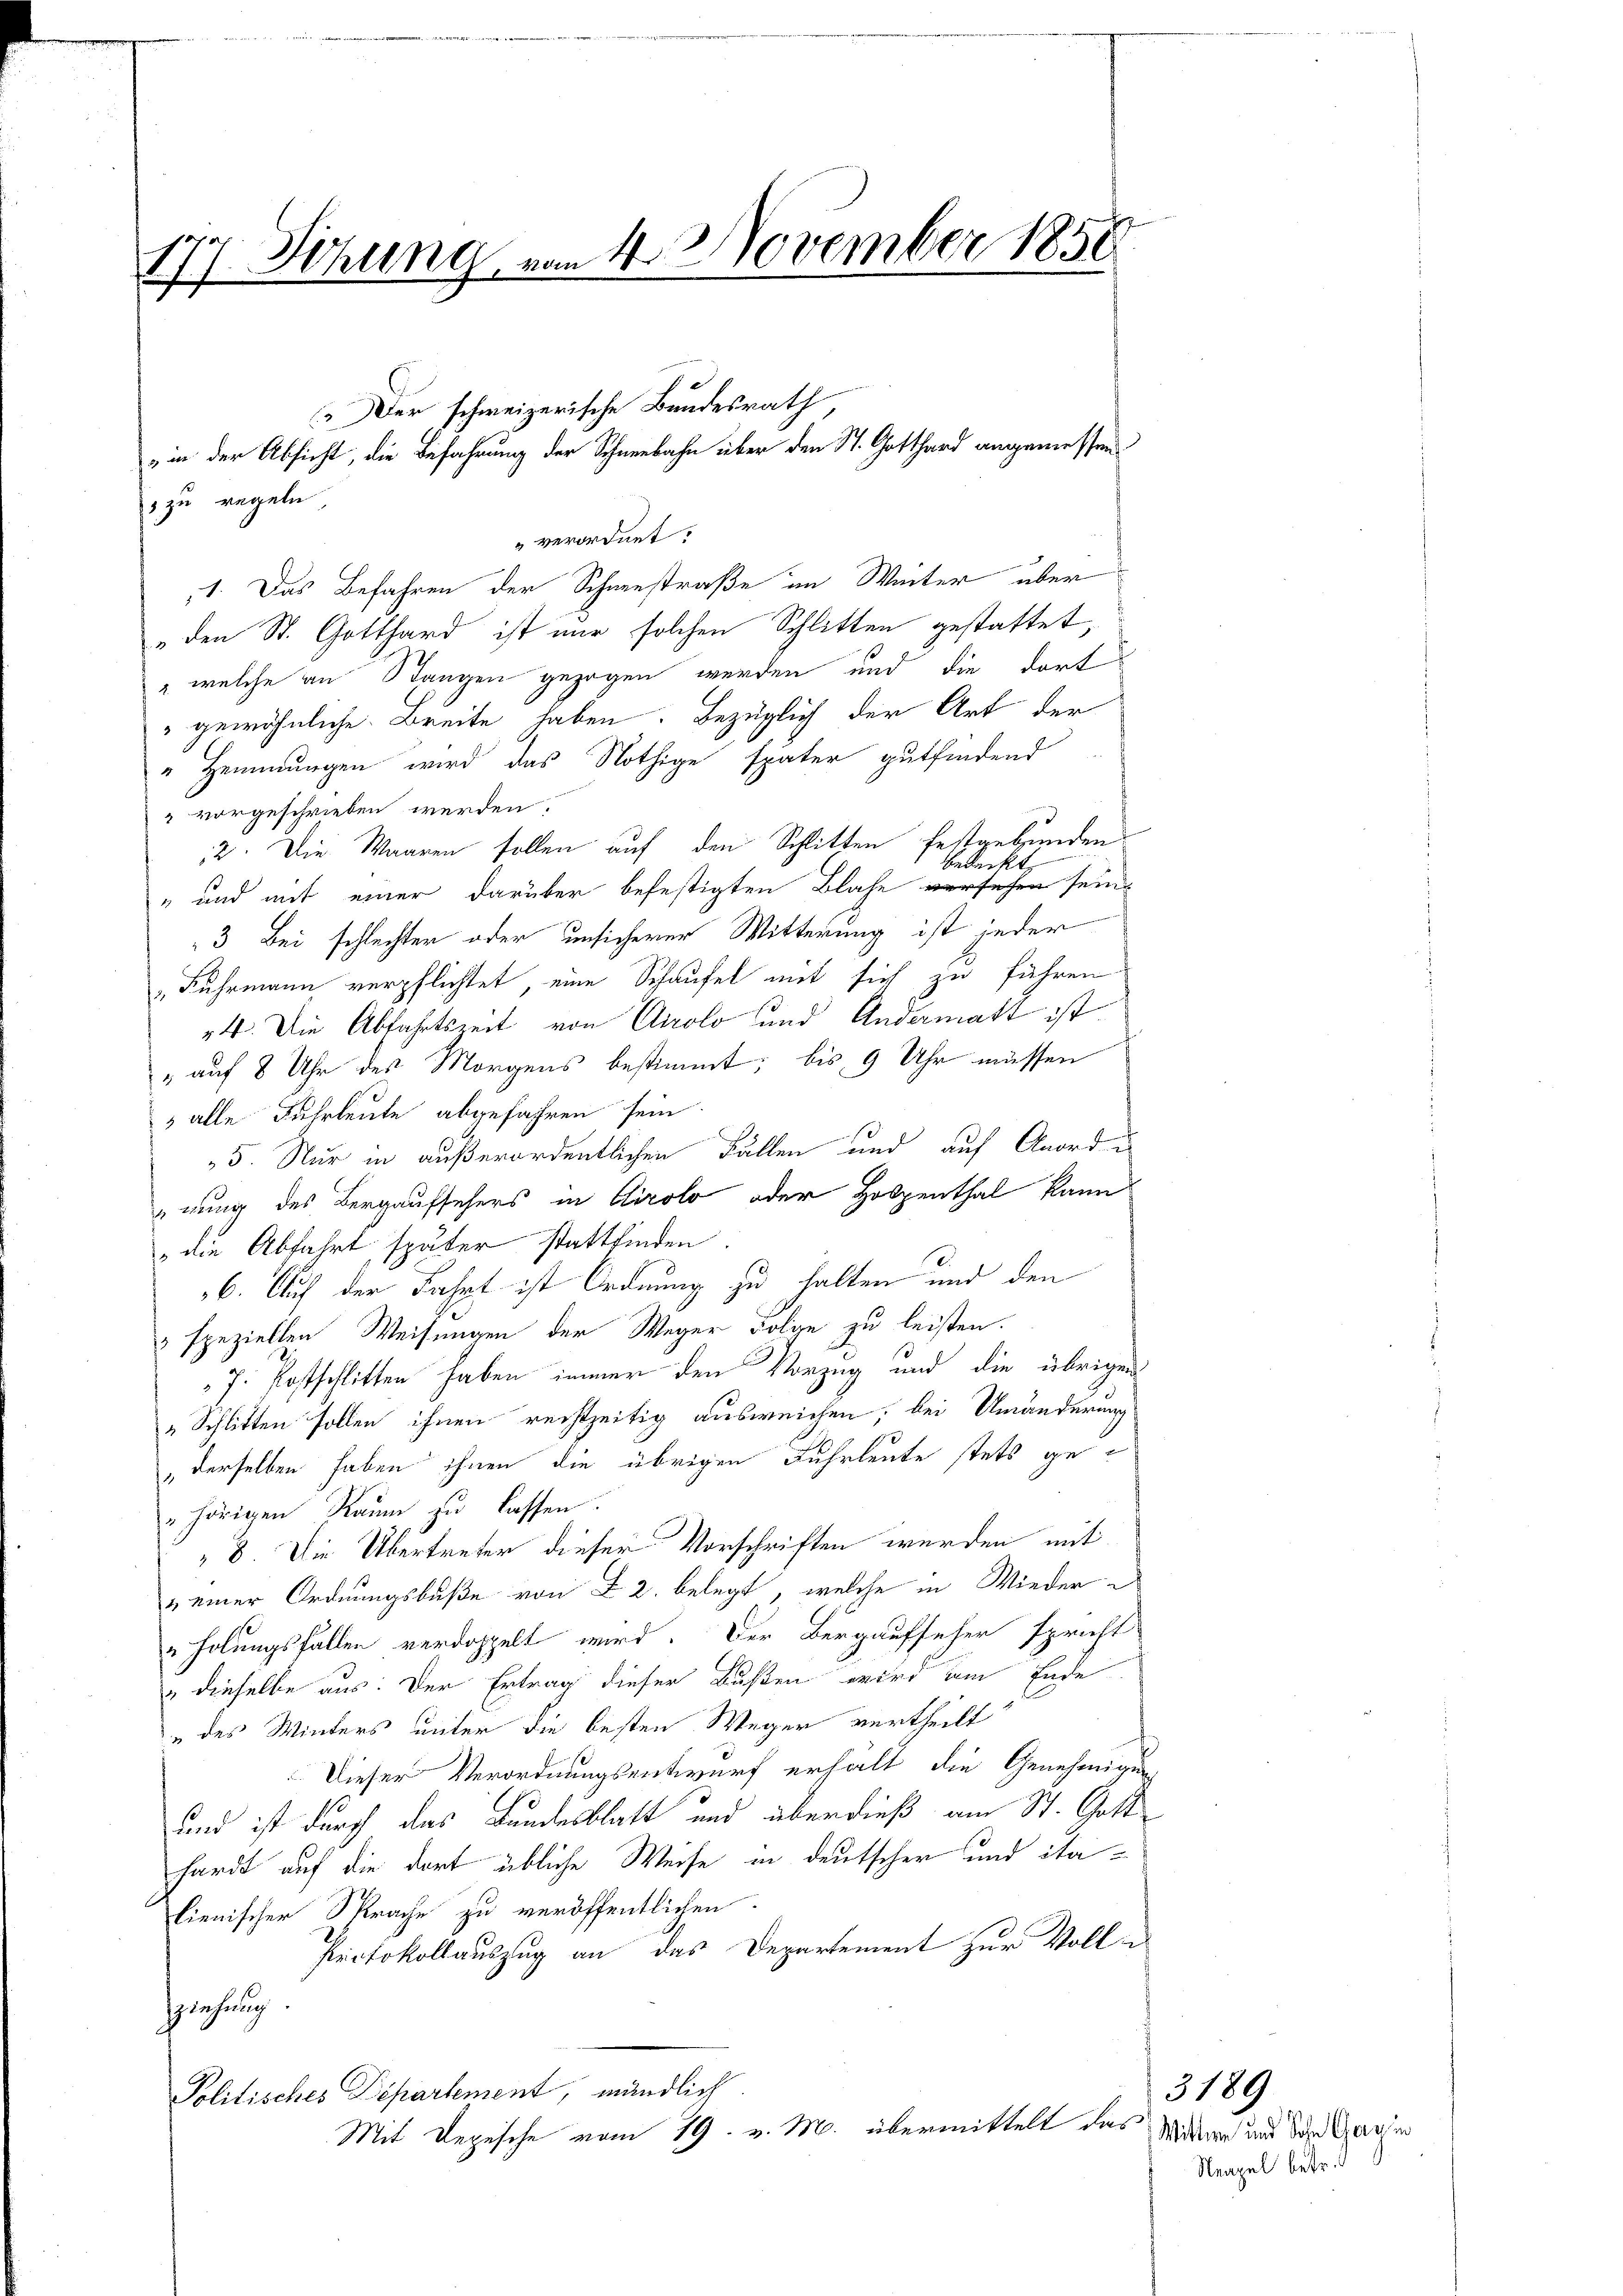
177. Sitzung vom 4. November 1858

5 zu regeln,
"verordnet:
1. Das Befahren der Schwestraße im Weiter über
„den St. Gotthard ist nur solchen Schlitten gestattet,
" welche an Stangen gezogen werden und die dort
" gewöhnliche Breite haben. Bezüglich der Art der
" Hemmungen wird das Nöthige später gutfindend
 vorgeschrieben werden.
12. Die Waaren sollen auf den Schlitten festgebunden
bedeckt
" und mit einer darüber befestigten Blase versehen sein.
3. Bei schlechter oder unsicherer Witterung ist jeder
Fuhrmann verpflichtet, eine Schaufel mit sich zu führen
4. Die Abfahrtszeit von Airolo und Andermatt ist
" auf 8 Uhr des Morgens bestimmt; bis 9 Uhr müssen
 alle Fuhrleute abgefahren sein
5. Nur in außerordentlichen Fällen und auf Anord u
nung des Bergaufsehers in Airolo oder Hospenthal kann
„die Abfahrt später stattfinden.
6. Auf der Fahrt ist Ordnung zu halten und den
 speziellen Weisungen der Weger Folge zu leisten.
7. Postschlitten haben immer den Vorzug und die übrigen
„Schlitten sollen ihren rechtzeitig ausweichen, bei Umänderung
derselben haben ihnen die übrigen Fuhrleute stets ge¬
"hörigen Raum zu lassen.
8 Die Übertreter dieser Vorschriften werden mit
& einer Ordnungsbuße von § 2. belegt, welche in Wieder e
"holungsfällen verdoppelt wird. Der Bergaufseher spricht
 dieselbe aus. Der Ertrag dieser Bußen wird am Ende
u des Winters unter die besten Weger vertheilt
Dieser Verordnungsentwurf erhält die Genehmigung
und ist durch das Bundesblatt und überdieß am St. Gott
hardt auf die dort übliche Weise in deutscher und italienischer Sprache zu veröffentlichen.
Protokollauszug an das Departement zur Volle
Gelehnung
Politisches Departement, mündlich
Mit Depesche vom 19. v. M. übermittelt das Wider und den Ganzen

E
Der schweizerische Bundesrath
 in der Absicht, die Befahrung der Schneebahn über den St. Gotthard angemessen.

Neapel betr.

3189